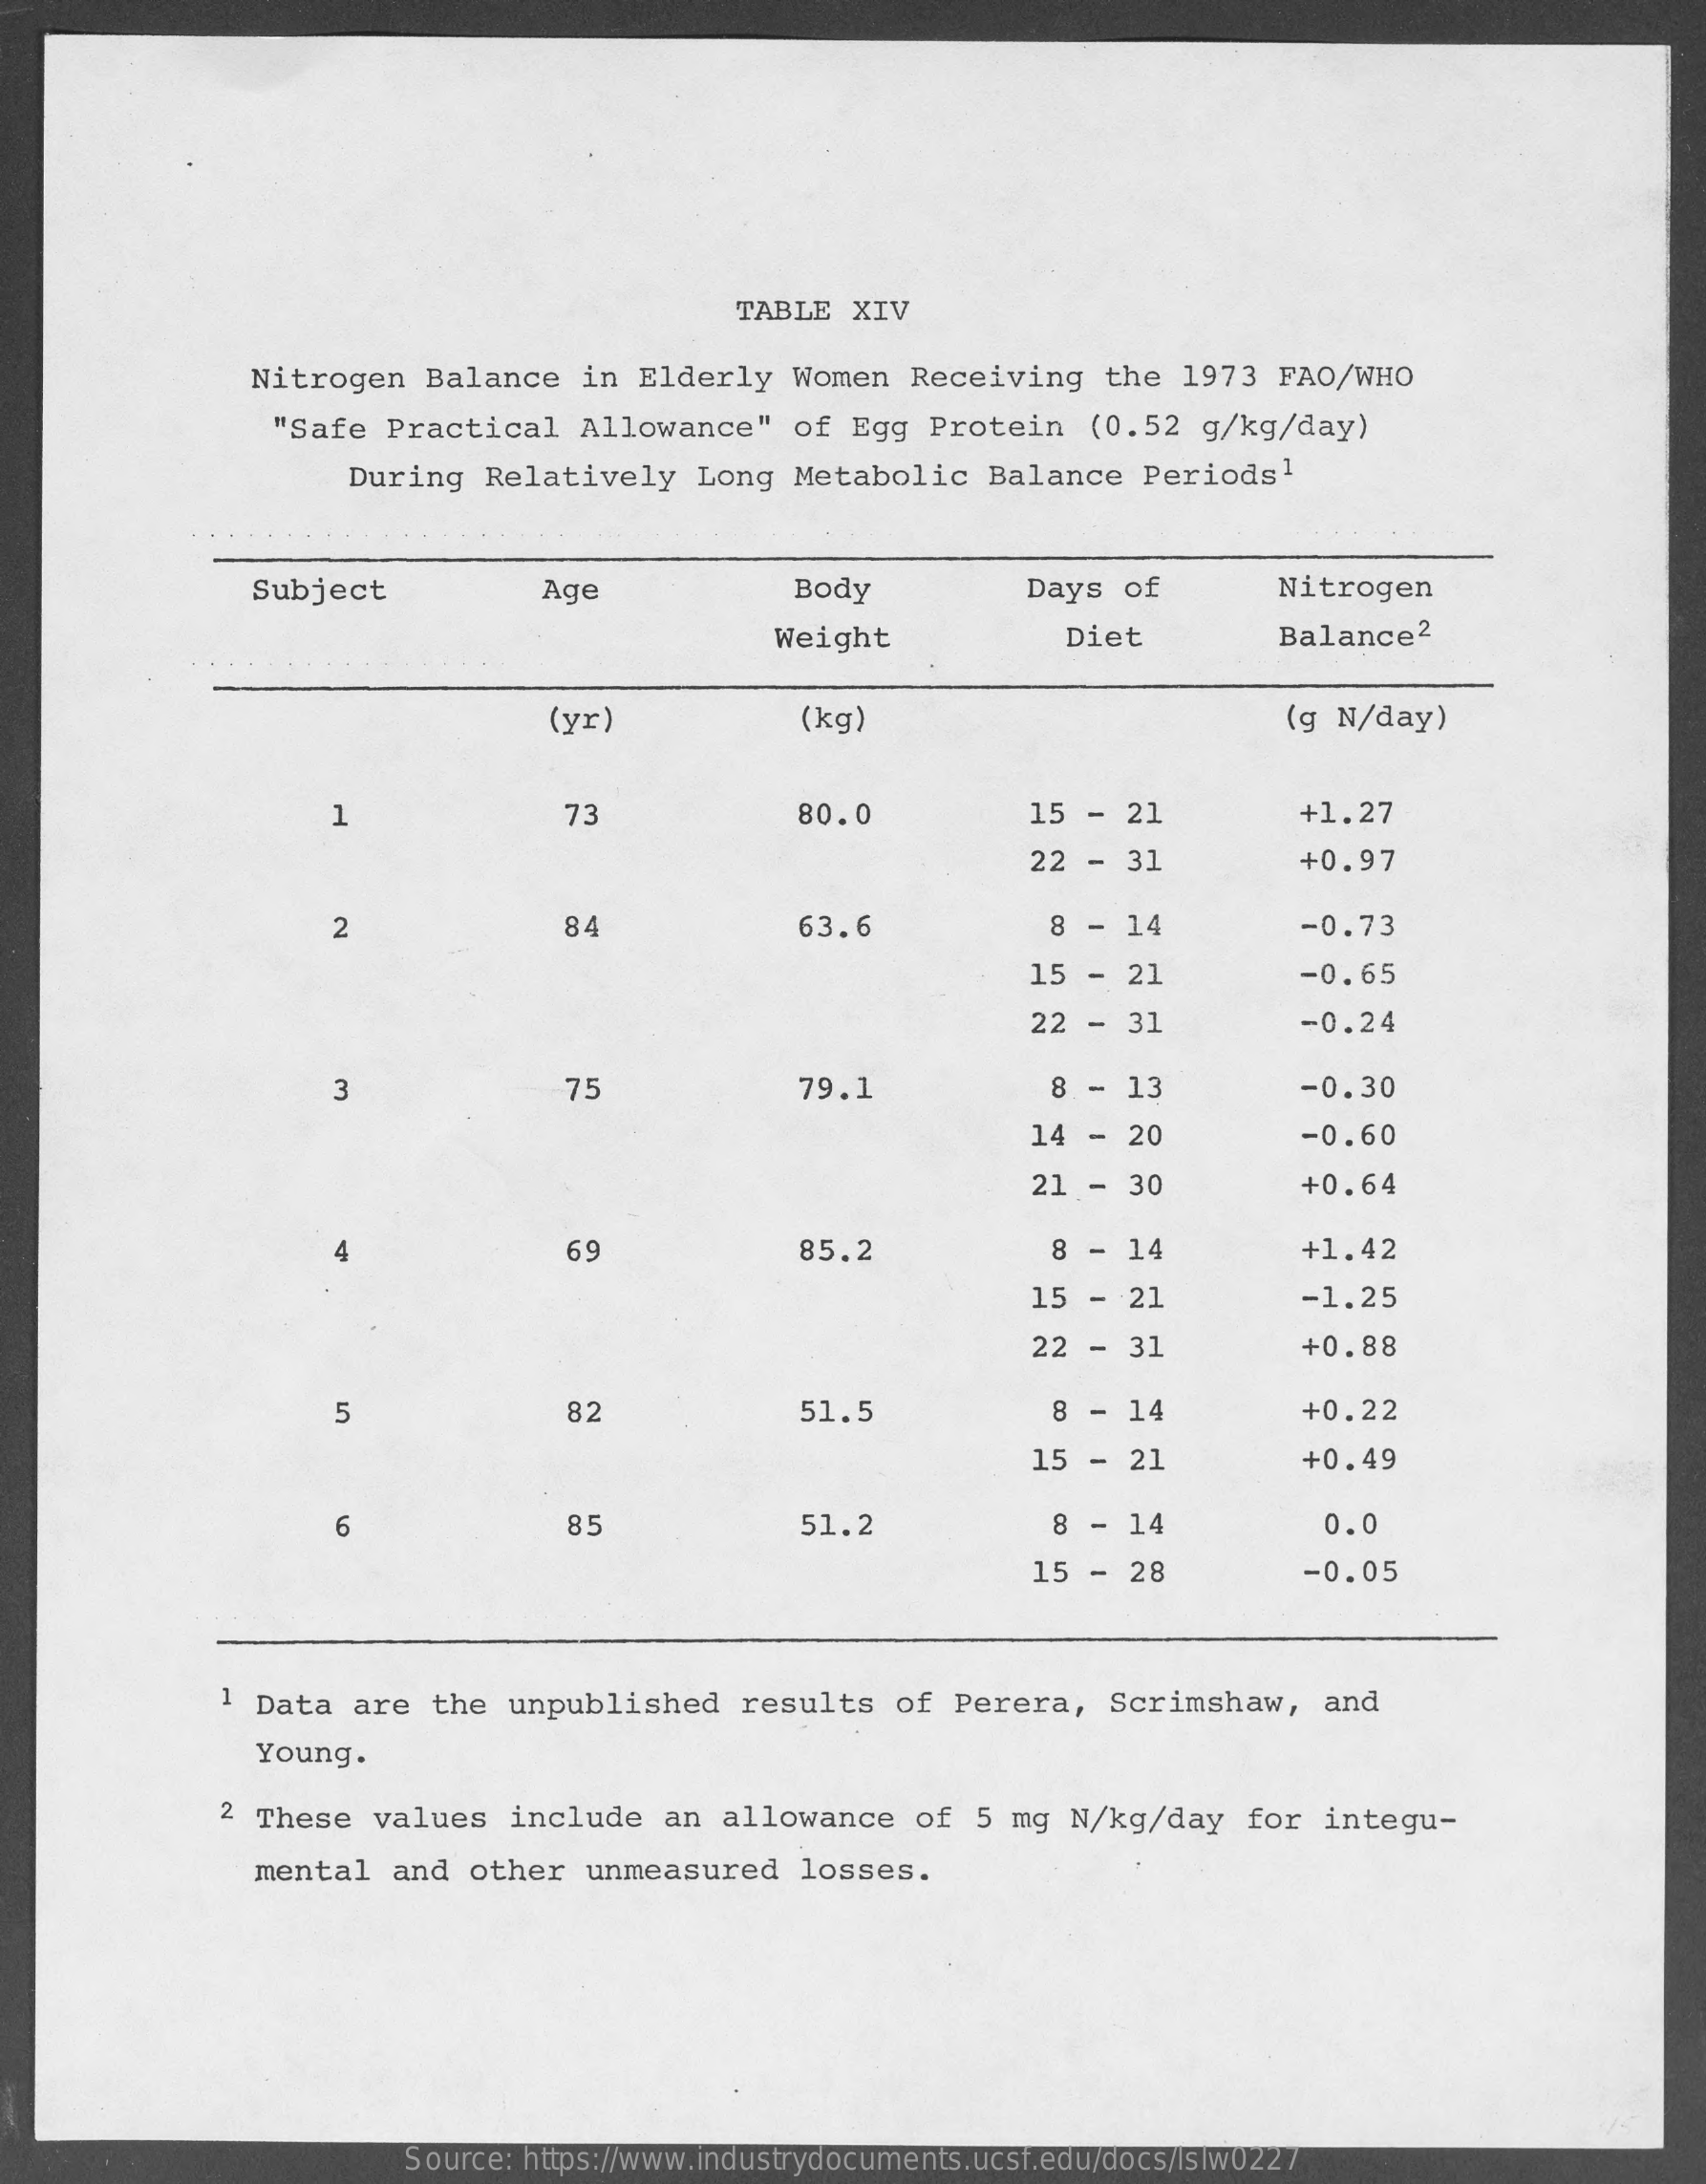
TABLE  XIV
     Nitrogen   Balance   in  Elderly   Women   Receiving    the  1973  FAO/WHO
     "Safe  Practical    Allowance"    of  Egg  Protein    (0.52  g/kg/day)
     During   Relatively    Long  Metabolic    Balance   Periods1
     Subject    Age    Body    Days  of    Nitrogen
     Weight    Diet    Balance2
     (yr)    (kg)    (g N/day)
     1    73    80.0    15  - 21    +1.27
     22  - 31    +0.97
     2    84    63.6    8 - 14    -0.73
     15  -  21    -0.65
     22  - 31    -0.24
     3    75    79.1    8  - 13    -0.30
     14  -  20    -0.60
     21  -  30    +0.64
     69    85.2    8 - 14    +1.42
     15  -  21    -1.25
     22  -  31    +0.88
     5    82    51.5    8 -  14    +0.22
     15 -  21    +0.49
     6    85    51.2    8 -  14    0.0
     15  -  28    -0.05
     1 Data  are   the unpublished    results   of  Perera,   Scrimshaw,    and
     Young.
     2 These   values   include   an  allowance   of  5  mg N/kg/day    for  integu-
     mental   and  other   unmeasured    losses.
     Source: https://www.industrydocuments.ucsf.edu/docs/lslw0227